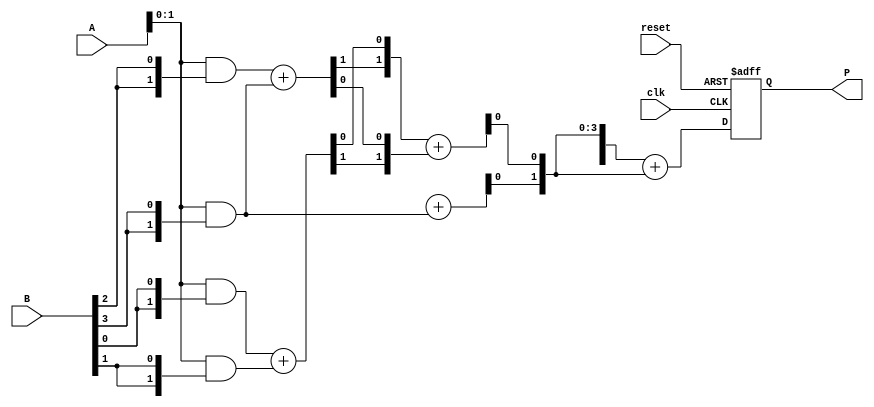
module WallaceTreeMultiplier #(parameter N = 4) (
    input  wire [N-1:0] A,      // Multiplicand
    input  wire [N-1:0] B,      // Multiplier
    input  wire clk,             // Clock
    input  wire reset,           // Reset
    output reg [2*N-1:0] P       // Product
);

    // Partial product generation
    wire [N-1:0] pp[N-1:0]; // Partial products
    genvar i;
    generate
        for (i = 0; i < N; i = i + 1) begin : gen_partial_products
            assign pp[i] = A & {N{B[i]}}; // Generate partial products
        end
    endgenerate

    // Wallace tree reduction
    wire [N-1:0] sum[N-1:0]; // Sums at each stage
    wire [N-1:0] carry[N-1:0]; // Carries at each stage

    // Stage 1: Combine partial products using HAs and FAs
    generate
        for (i = 0; i < N-1; i = i + 1) begin : stage1
            if (i % 2 == 0) begin
                // Half Adder for pairs
                assign {carry[0][i/2], sum[0][i/2]} = pp[i] + pp[i+1];
            end
        end
    endgenerate

    // Stage 2: Further reduction
    generate
        for (i = 0; i < (N+1)/2; i = i + 1) begin : stage2
            if (i < (N-1)/2) begin
                assign {carry[1][i], sum[1][i]} = {carry[0][i*2+1], sum[0][i*2]} + {carry[0][i*2], sum[0][i*2+1]};
            end else if (i == (N-1)/2) begin
                assign {carry[1][i], sum[1][i]} = {1'b0, sum[0][i*2]} + {1'b0, pp[N-1]};
            end
        end
    endgenerate

    // Final addition
    wire [2*N-1:0] final_sum;
    wire [2*N-1:0] final_carry;

    assign final_sum = {carry[1], sum[1]} + {1'b0, sum[1]}; // Final sum of last stage

    // Output assignment
    always @(posedge clk or posedge reset) begin
        if (reset) begin
            P <= 0;
        end else begin
            P <= final_sum; // Assign final product
        end
    end

endmodule